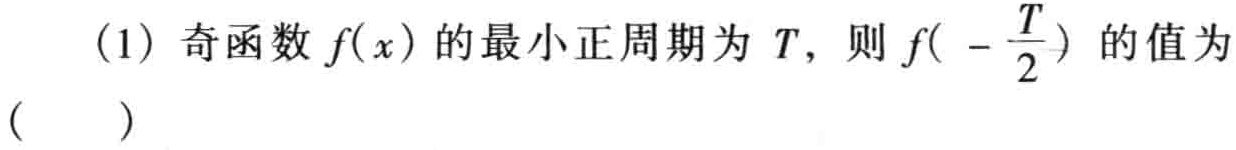
(1) 奇函数\(f(x)\)的最小正周期为\(T\)，则\(f( -\frac{T}{2})\)的值为（  ）